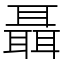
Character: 聶